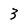
Character: 3